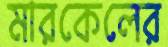
মারকেলের